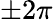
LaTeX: \pm 2\pi